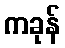
ကခုန်